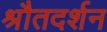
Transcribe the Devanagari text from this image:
श्रौतदर्शन